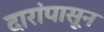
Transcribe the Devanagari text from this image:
दारांपासून